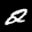
Label: 2